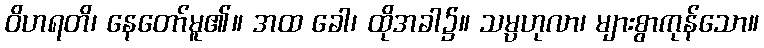
ဝိဟရတိ၊ နေတော်မူ၏။ အထ ခေါ၊ ထိုအခါ၌။ သမ္ပဟုလာ၊ များစွာကုန်သော။